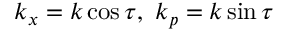
k _ { x } = k \cos \tau , \ k _ { p } = k \sin \tau